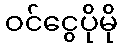
ဝင်ငွေပိုမို